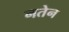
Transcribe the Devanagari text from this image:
नतेन